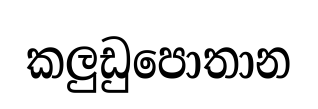
කලුඩුපොතාන